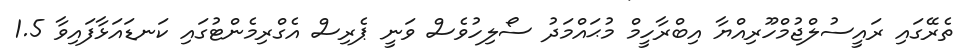
ތެރޭގައި ރައީސުލްޖުމްހޫރިއްޔާ އިބްރާހީމް މުޙައްމަދު ސޯލިހުވެސް ވަނީ ޕެރިސް އެގްރިމެންޓުގައި ކަނޑައަޅާފައިވާ 1.5